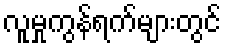
လူမှုကွန်ရက်များတွင်